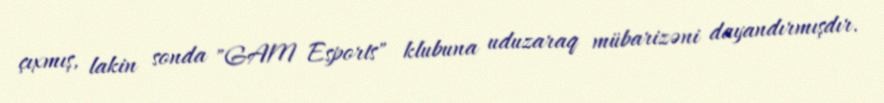
çıxmış, lakin sonda "GAM Esports" klubuna uduzaraq mübarizəni dayandırmışdır.